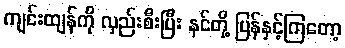
ကျင်းထျန်ကို လှည်းစီးပြီး နင်တို့ ပြန်နှင့်ကြတော့